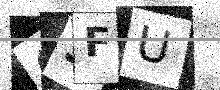
Text: Q3FU